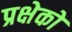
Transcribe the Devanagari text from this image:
प्रक्षेकों